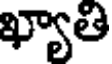
ఖ్యాతి